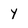
Character: y